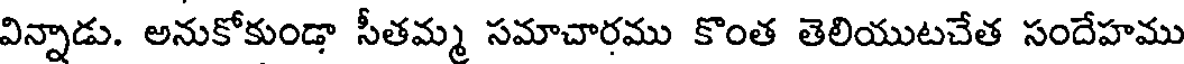
విన్నాడు. అనుకోకుండా సీతమ్మ సమాచారము కొంత తెలియుటచేత సందేహము